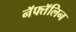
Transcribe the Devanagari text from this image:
नॅफ्तॅलिन